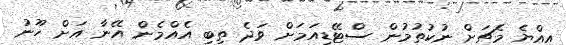
އިއްޔެ މެޗަށް ނުކުތުމުން ސްޓޭޑިއަމަށް ވަދެ ތިބި އެއްމެން އޭނާ އަށް ހޫނު